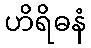
ဟိရိဓနံ